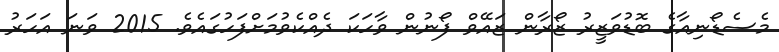
މެސެޑޯނިއާގެ ބޮޑުވަޒީރު ޒޯރާން ޒައޭވް ފޯނުން ވާހަކަ ދެއްކެވުމަށްފަހުގައެވެ. 2015 ވަނަ އަހަރު